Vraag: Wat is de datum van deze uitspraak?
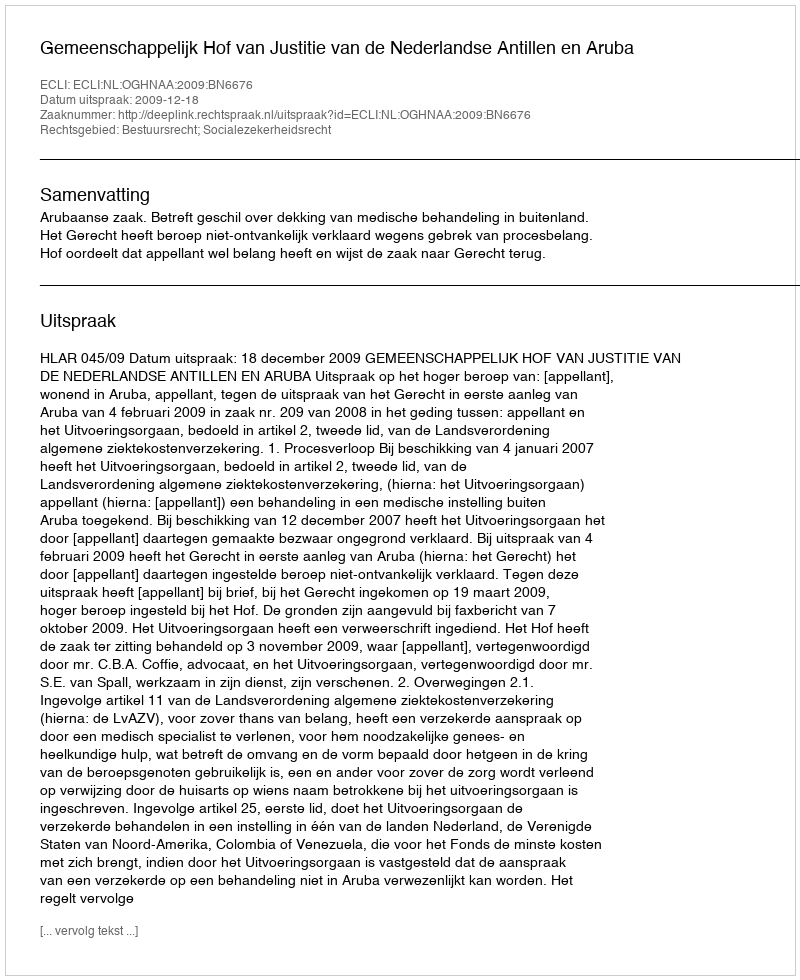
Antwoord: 2009-12-18